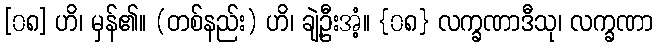
[၀၈] ဟိ၊ မှန်၏။ (တစ်နည်း) ဟိ၊ ချဲ့ဦးအံ့။ {၀၈} လက္ခဏာဒီသု၊ လက္ခဏာ